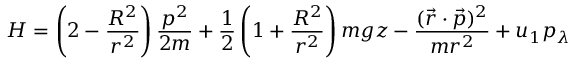
H = \left( 2 - { \frac { R ^ { 2 } } { r ^ { 2 } } } \right) { \frac { p ^ { 2 } } { 2 m } } + { \frac { 1 } { 2 } } \left( 1 + { \frac { R ^ { 2 } } { r ^ { 2 } } } \right) m g z - { \frac { ( { \vec { r } } \cdot { \vec { p } } ) ^ { 2 } } { m r ^ { 2 } } } + u _ { 1 } p _ { \lambda }